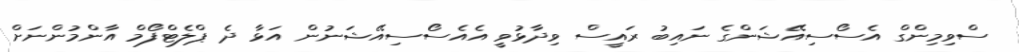
ސްވިމިންގް އެސޯސިއޭޝަންގެ ނައިބު ރައީސް ވިދާޅުވީ އެއެސޯސިއޭޝަނުން އަޅާ ދެ ޕްލެޓްފޯމް އާންމުންނަށް